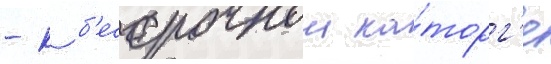
- к б'ессрочнои ка́торг'е